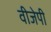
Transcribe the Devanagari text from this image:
वीजेपी